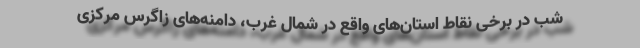
شب در برخی نقاط استان‌های واقع در شمال غرب، دامنه‌های زاگرس مرکزی